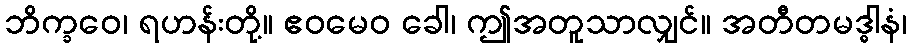
ဘိက္ခဝေ၊ ရဟန်းတို့။ ဧဝမေဝ ခေါ၊ ဤအတူသာလျှင်။ အတီတမဒ္ဓါနံ၊